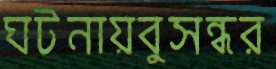
ঘটনায়বুসন্ধর